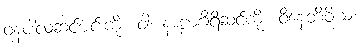
ဝနပါလဆင်မင်းကို။ ဝါ၊ နာဠာဂီရိဆင်ကို။ ဝိနေတိဝိယ၊